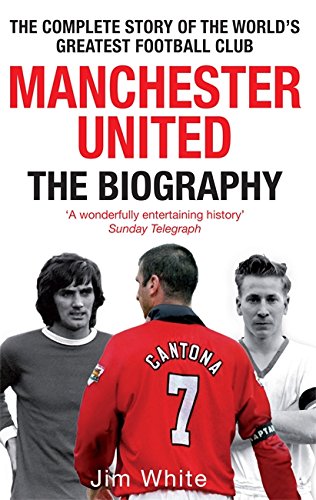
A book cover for Manchester United: The Biography: The Complete Story of the World's Greatest Football Club; Jim White; Biographies & Memoirs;